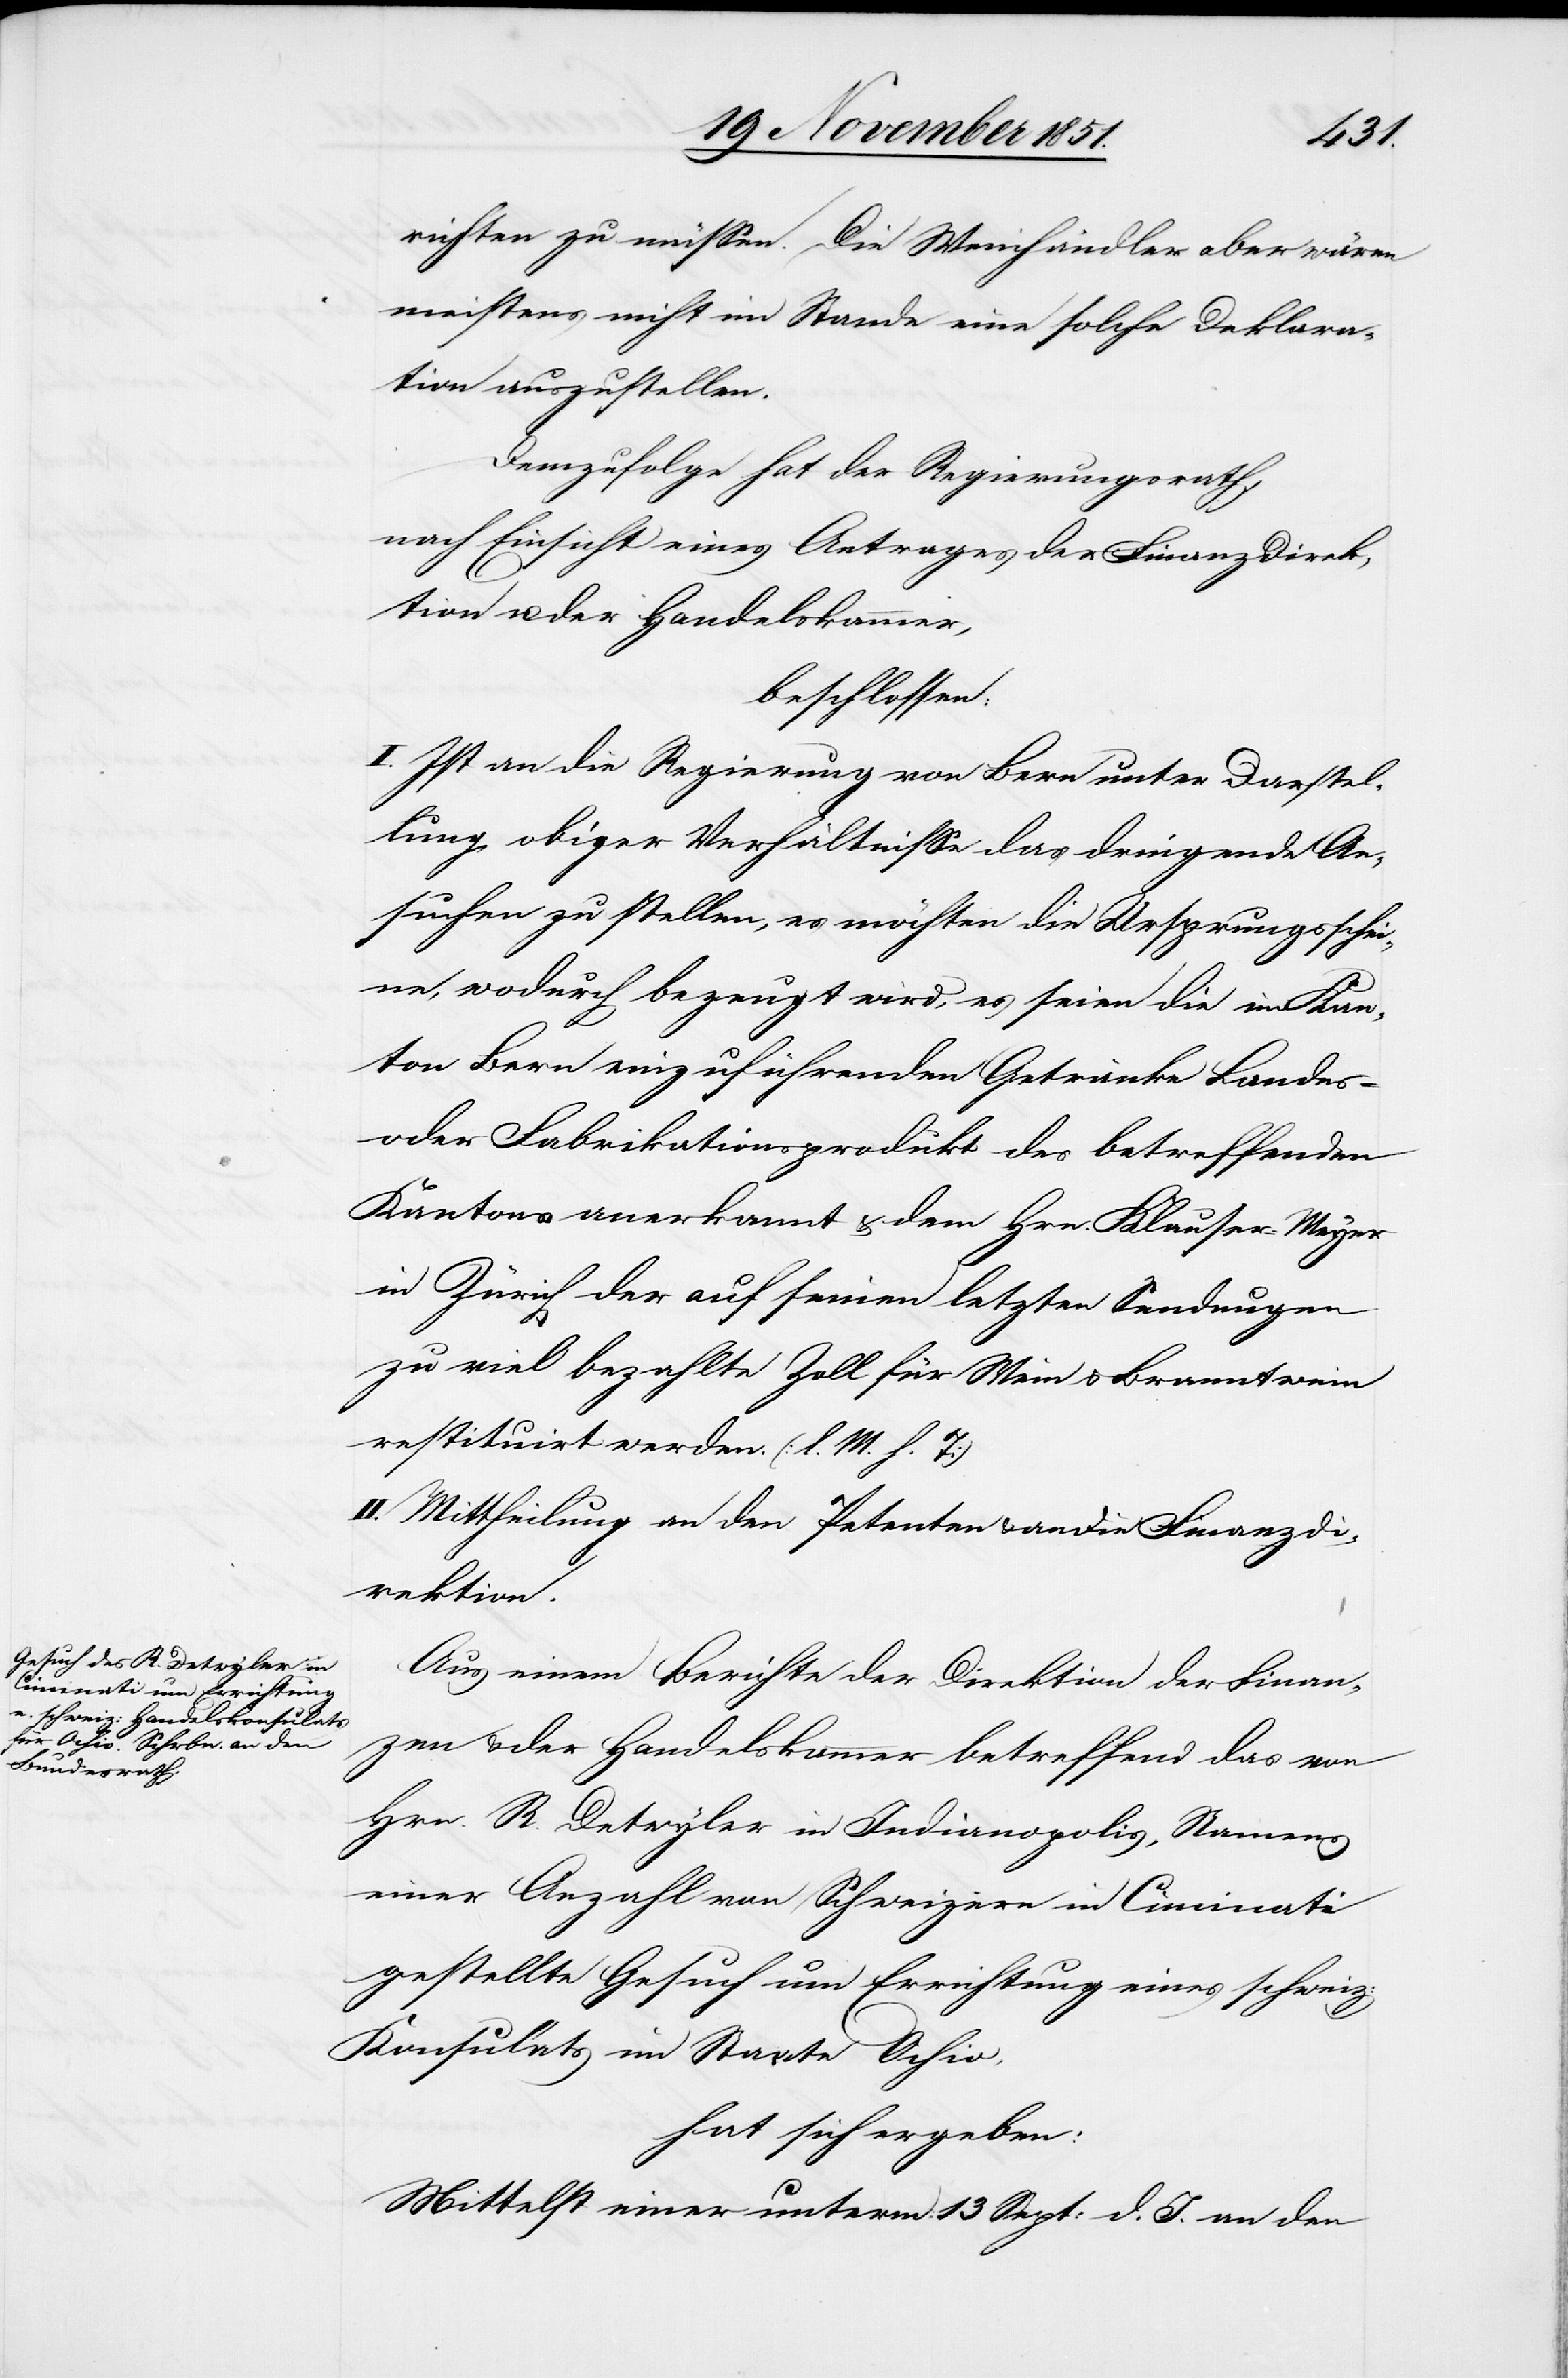
richten zu müssen. Die Weinhändler aber wären
meistens nicht im Stande eine solche Deklara¬
tion auszustellen.
Demzufolge hat der Regierungsrath,
nach Einsicht eines Antrages der Finanzdirek¬
tion u. der Handelskammer,
beschlossen:
I. Ist an die Regierung von Bern unter Darstel¬
lung obiger Verhältnisse das dringende An¬
suchen zu stellen, es möchten die Ursprungsschei¬
ne, wodurch bezeugt wird, es seien die im Kan¬
ton Bern einzuführenden Getränke Landes-
oder Fabrikationsprodukt des betreffenden
Kantons anerkannt & dem Hrn. Klauser-Meyer
in Zürich der auf seinen letzten Sendungen
zu viel bezahlte Zoll für Wein & Branntwein
restituirt werden. (l. M. h. T)
II. Mittheilung an den Petenten / an die Finanzdi¬
rektion.
Aus einem Berichte der Direktion der Finan¬
zen & der Handelskammer betreffend das von
Hrn. R. Detwyler in Indianopolis, Namens
einer Anzahl von Schweizern in Cincinati
gestellte Gesuch um Errichtung eines schweiz:
Konsulats im Staate Ochio
hat sich ergeben:
Mittelst einer unterm 13 Sept: d. J. an den